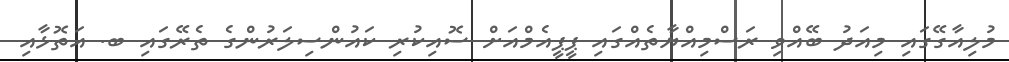
މުލިއާގޭގައި މިއަދު ބޭއްވި ރަސްމިއްޔާތެއްގައި ޕީޕީއެމްއަށް ސޮއިކުރި ކައުންސިލަރުންގެ ތެރޭގައި ބ. އަތޮޅާއި